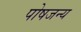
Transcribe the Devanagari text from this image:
पोषजन्य